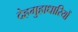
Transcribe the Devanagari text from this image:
देहगुहाधारियों